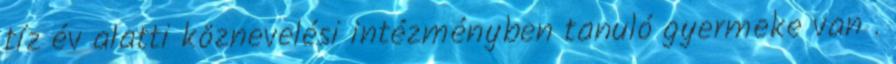
tíz év alatti köznevelési intézményben tanuló gyermeke van .